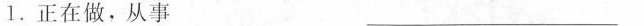
1.正在做，从事 ___